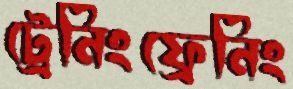
ট্রেনিংফ্রেনিং